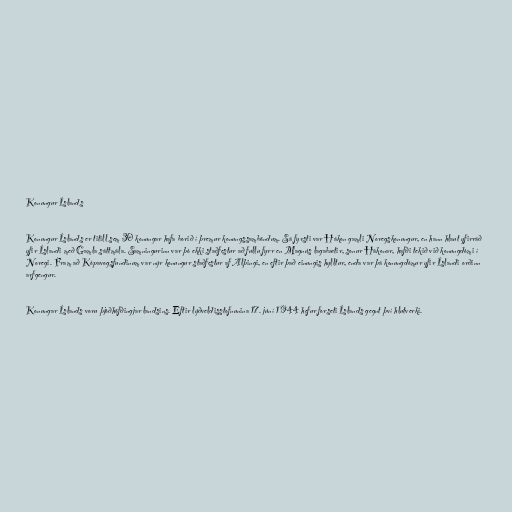
Konungur Íslands

Konungur Íslands er titill sem 30 konungar hafa borið í þremur konungssamböndum. Sá fyrsti var Hákon gamli Noregskonungur, en hann hlaut yfirráð
yfir Íslandi með Gamla sáttmála. Samningurinn var þó ekki staðfestur að fullu fyrr en Magnús lagabætir, sonur Hákonar, hafði tekið við konungdómi í
Noregi. Fram að Kópavogsfundinum var nýr konungur staðfestur af Alþingi, en eftir það einungis hylltur, enda var þá konungdómur yfir Íslandi orðinn
arfgengur.

Konungar Íslands voru þjóðhöfðingjar landsins. Eftir lýðveldisstofnunina 17. júní 1944 hefur forseti Íslands gegnt því hlutverki.